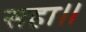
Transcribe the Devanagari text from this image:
सहा॥